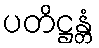
ပတိဋ္ဌန္တံ